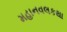
મહાનવલકથા